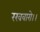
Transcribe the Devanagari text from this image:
रखवारो।।